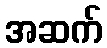
အဆက်